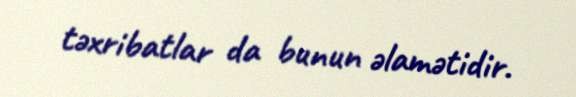
təxribatlar da bunun əlamətidir.